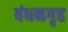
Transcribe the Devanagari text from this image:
बंधनगृह